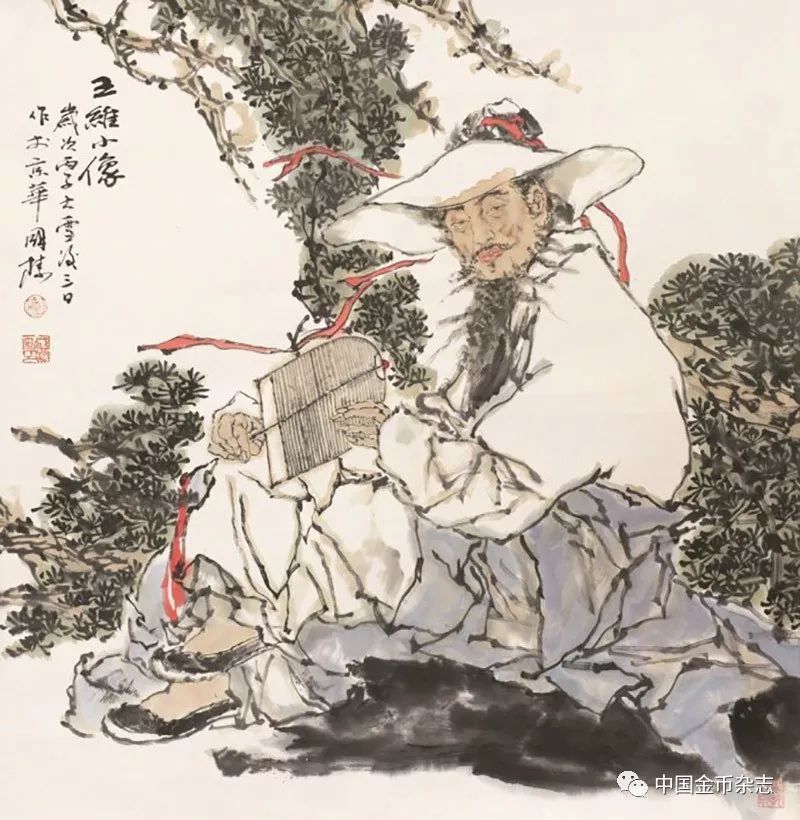
久废山行疲荦确，尚能村醉舞淋浪。